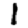
Digit: 1